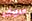
سوف